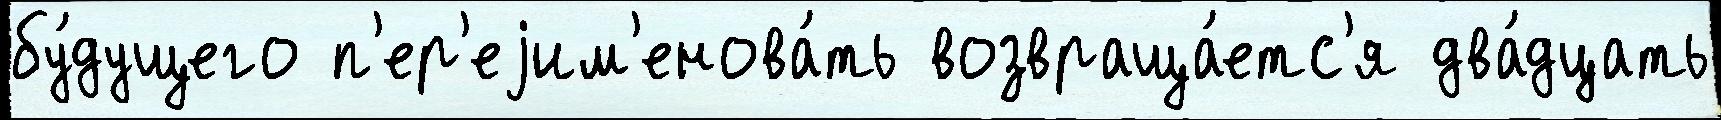
бу́дущего п'ер'еjим'енова́ть возвраща́етс'я два́дцать